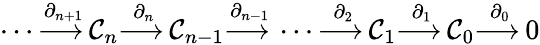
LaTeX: \dotsb{\overset{\partial_{n+1}}{\longrightarrow\, }}\mathcal{C}_{n}{\overset{\partial_{n}}{\longrightarrow\, }}\mathcal{C}_{n-1}{\overset{\partial_{n-1}}{\longrightarrow\, }}\dotsb{\overset{\partial_{2}}{\longrightarrow\, }}\mathcal{C}_{1}{\overset{\partial_{1}}{\longrightarrow\, }}\mathcal{C}_{0}{\overset{\partial_{0}}{\longrightarrow\, }}0